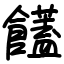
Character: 饚